Madras plague regulations in force outside the Presidency town - Volume 7
Disease focus: Plague
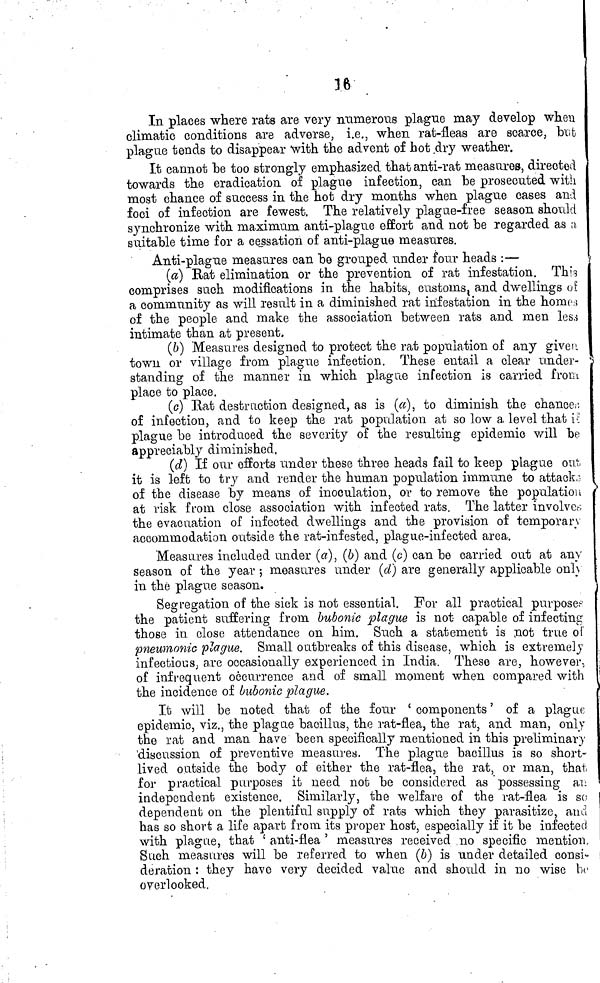
16
In places where rats are very numerous plague may develop when
climatic conditions are adverse, i.e., when rat-fleas are scarce, but
plague tends to disappear with the advent of hot .dry weather.
It cannot "be too strongly emphasized that anti-rat measures, directed
towards the eradication of plague infection, can be prosecuted witli
most chance of success in the hot dry months when plague cases and
foci of infection are fewest. The relatively plague-free season should
synchronize with maximum anti-plague effort and not "be regarded as ;;
suitable time for a cessation of anti-plague measures.
Anti-plague measures can be grouped under four heads :—
(a) Rat elimination or the prevention of rat infestation. Th<c
comprises such modifications in the habits, customs t a,nd dwellings o!
a community as will result in a diminished rat infestation in the home
of the people and make the association between rats and men les.
intimate than at present.
(ft) Measures designed to protect the rat population of any givei
town or village from plague infection. These entail a clear under'
standing of the manner in which plague infection is carried from
place to place.
(G) Bat destruction designed, as is («), to diminish the chanoen
of infection, and to keep the rat population at so low a level that i>:
plague be introduced the severity of the resulting epidemic will be
appreciably diminished.
(d) If our efforts under these three heads fail to keep plague out.
it is left to try and render the human population immune to attack:
of the disease by means of inoculation, or to remove the population
at risk from close association with infected rats. The latter involve*
the evacuation of infected dwellings and the provision of temporär}
accommodation outside the rat-infested, plague-infected area.
Measures included under (a), (6) and (c] can be carried out at any
season of the year ; measures under (d~) are generally applicable onl\
in the plague season.
Segregation of the sick is not essential. For all practical purpose.-
the patient suffering from bubonic plague is not ca,pable of infecting
those in close attendance on him. Such a statement is not true oi
pneumonic plague. Small outbreaks of this disease, which is extremely
infectious, are occasionally experienced in India. These are, however,
of infrequent occurrence and of small moment when compared with
the incidence of bubonic plague.
It will be noted that of the four ' components ' of a plague
epidemic, viz., the plague bacillus, the rat-flea, the rat, and man, only
the rat and man have been specifically mentioned in this preliminary
'discussion of preventive measures. The plague bacillus is so short-
lived outside the body of either the rat-flea, the rat, or man, that
for practical purposes it need not be considered as possessing ai;
independent existence. Similarly, the welfare of the rat-flea is so
dependent on the plentiful supply of rats which they parasitize, and
has so short a life apart from its proper host, especially if it be infected
with plague, that ' anti-flea ' measures received no specific mention.
Such measures will be referred to when (b) is under detailed consi-
deration : they have very decided value and should in no wise be
overlooked,